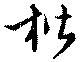
楷